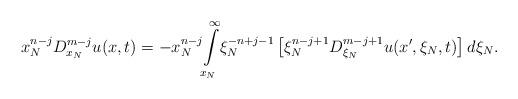
LaTeX: \begin{align*}x_{N}^{n-j}D_{x_{N}}^{m-j}u(x,t)=-x_{N}^{n-j}{\displaystyle\int\limits_{x_{N}}^{\infty}} \xi_{N}^{-n+j-1}\left[\xi_{N}^{n-j+1}D_{\xi_{N}}^{m-j+1}u(x^{\prime},\xi_{N},t)\right] d\xi_{N}. \end{align*}